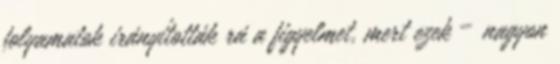
folyamatok irányították rá a figyelmet, mert ezek – nagyon